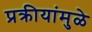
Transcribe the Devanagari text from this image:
प्रक्रीयांमुळे